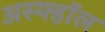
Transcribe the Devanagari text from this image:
अस्फ्हॉल